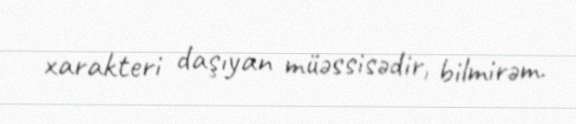
xarakteri daşıyan müəssisədir, bilmirəm.